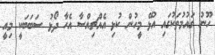
ހޫނު ގައުމުތަކުގައި އުޅޭ މީހުން ކުޅި އެއްޗިއްސާ އެހާ ދޯޅު ސަބަބަކީ މިއީ